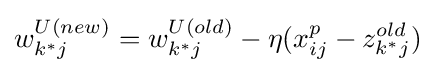
w_{k^{*}j}^{U(new)}=w_{k^{*}j}^{U(old)}-\eta (x_{ij}^{p}-z_{k^{*}j}^{old})